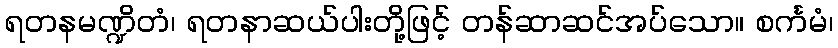
ရတနမဏ္ဍိတံ၊ ရတနာဆယ်ပါးတို့ဖြင့် တန်ဆာဆင်အပ်သော။ စင်္ကမံ၊